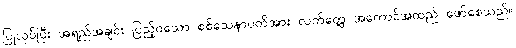
ပြုလုပ်ပြီး အရည်အချင်း ပြည့်ဝသော စစ်သေနာပတိအား လက်တွေ့ အကောင်အထည် ဖော်စေသည်။